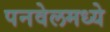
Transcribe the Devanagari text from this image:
पनवेलमध्ये